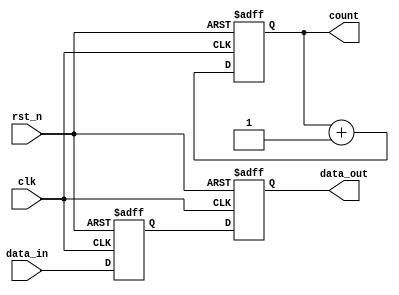
module synchronous_design (
    input wire clk,        // Clock signal
    input wire rst_n,     // Active-low reset signal
    input wire [7:0] data_in, // 8-bit input data
    output reg [7:0] data_out, // 8-bit output data
    output reg [3:0] count // 4-bit counter output
);

// State variable
reg [7:0] internal_reg; // Internal register to hold data

// Always block triggered on the rising edge of clk
always @(posedge clk or negedge rst_n) begin
    if (!rst_n) begin
        // Reset condition
        internal_reg <= 8'b0; // Reset internal register
        data_out <= 8'b0;      // Reset output data
        count <= 4'b0;         // Reset counter
    end else begin
        // Sequential logic
        internal_reg <= data_in; // Update internal register with input data
        data_out <= internal_reg; // Output the internal register value
        count <= count + 1;       // Increment the counter
    end
end

endmodule